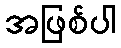
အဖြစ်ပါ